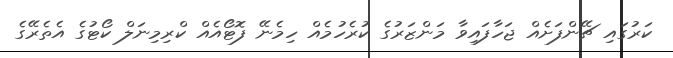
ކަރުގައި ޗޭންފަށެއް ޖަހާފައިވާ މަންޒަރުގެ ކުރެހުމެއް ހިމެނޭ ފޮޓޯއެއް ކްރިމިނަލް ކޯޓުގެ އެތެރޭގެ